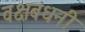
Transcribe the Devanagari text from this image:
वक्षबंधनी